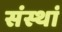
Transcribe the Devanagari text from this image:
संस्थां